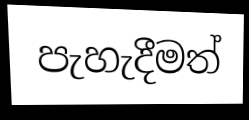
පැහැදීමත්